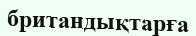
британдықтарға